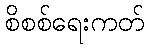
စိစစ်ရေးကတ်